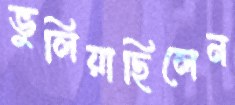
ভুলিয়াছিলেন